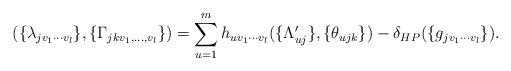
LaTeX: \begin{align*}(\{\lambda_{jv_1\cdots v_l}\},\{\Gamma_{jkv_1,...,v_l}\})=\sum_{u=1}^m h_{uv_1\cdots v_l}(\{\Lambda_{uj}'\},\{\theta_{ujk}\})-\delta_{HP}(\{g_{jv_1\cdots v_l}\}).\end{align*}